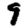
Digit: 9